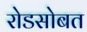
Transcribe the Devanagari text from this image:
रोडसोबत